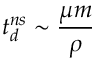
t _ { d } ^ { n s } \sim \frac { \mu m } { \rho }